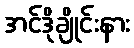
အင်ဒိုချိုင်းနား